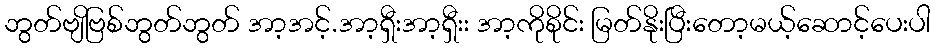
ဘွတ်ဗျိဗြစ်ဘွတ်ဘွတ် အာ့အင့်.အာ့ရှီးအာ့ရှီးး အာ့ကိုစိုင်း မြတ်နိုးပြီးတော့မယ့်ဆောင့်ပေးပါ